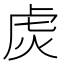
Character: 𬟩